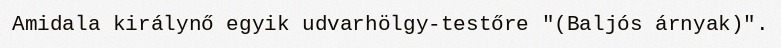
Amidala királynő egyik udvarhölgy-testőre "(Baljós árnyak)".